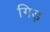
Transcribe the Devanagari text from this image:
गिड़